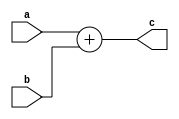
module adder(a,b,c); //DUT code start
input [15:0] a,b;
output [16:0] c;
assign c = a + b;
endmodule //DUT code end